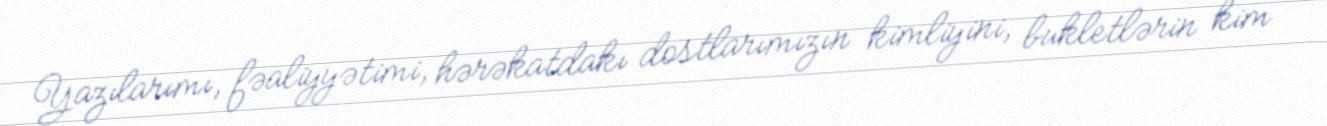
Yazılarımı, fəaliyyətimi, hərəkatdakı dostlarımızın kimliyini, bukletlərin kim